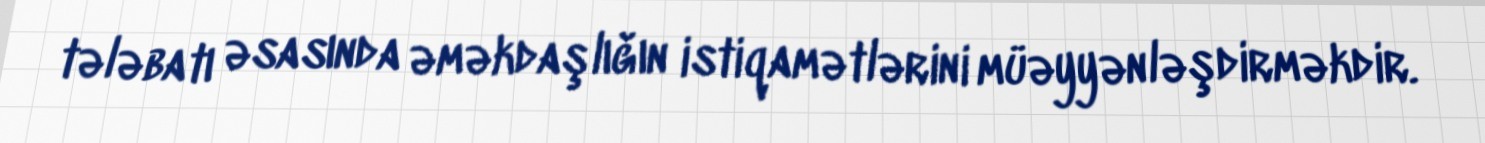
tələbatı əsasında əməkdaşlığın istiqamətlərini müəyyənləşdirməkdir.